Annual administration report of the Civil Veterinary Department of India - 1897-1898
Year: 1897
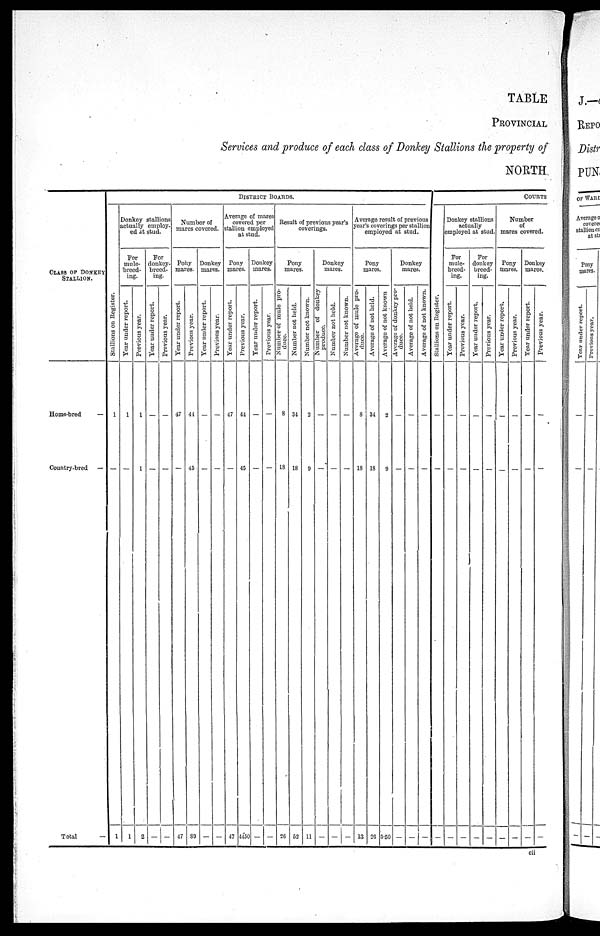
TABLE
PROVINCIAL
Services and produce of each class of Donkey Stallions the property of
NORTH
CLASS OF DONKEY
STALLION.
Home-bred
—
Country-bred —
Total
—
DISTRICT
BOARDS.
Stallions on Register.
1
—
1
Donkey stallions
actually employ-
ed at stud.
For
mule-
breed-
ing.
Year under report.
1
—
1
Previous year.
1
1
2
For
donkey-
breed-
ing.
Year under report.
—
—
—
Previous year.
—
—
—
Number of
mares covered.
Pony
mares.
Year under report.
47
—
47
Previous year.
44
45
89
Donkey
mares.
Year under report.
—
—
—
Previous year.
—
—
—
Average of mares
covered per
stallion employed
at stud.
Pony
mares.
Year under report.
47
—
47
Previous year.
44
45
4450
Donkey
mares.
Year under report.
—
—
—
Previous year.
—
—
—
Result of previous year's
coverings.
Pony
mares.
Number of mule pro-
duce.
8
18
26
Number not held.
34
18
52
Number not known.
2
9
11
Donkey
mares.
Number of donkey
produce.
—
—
—
Number not held.
—
—
—
Number not known.
—
—
—
Average result of previous
year's coverings per stallion
employed at stud.
Pony
mares.
Average of mule pro-
duce.
8
18
13
Average of not held.
34
18
26
Average of not known
2
9
5.50
Donkey
mares.
Average of donkey pro-
duce.
—
—
—
Average of not held.
—
—
—
Average of not known.
—
—
—
COURTS
St al l
i
ons on Register.
—
—
—
Donkey stallions
actually
employed at stud.
For
mule-
breed-
ing.
Year under report.
—
—
—
Previous year.
—
—
—
For
donkey
breed-
ing.
Year under report.
—
—
—
Previous year.
—
—
—
Number
of
mares covered.
Pony
mares.
Year under report.
—
—
—
Previous year.
—
—
—
Donkey
mares.
Year under report.
—
—
—
Previous year.
—
—
—
cii